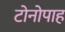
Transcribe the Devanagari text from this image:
टोनोपाह